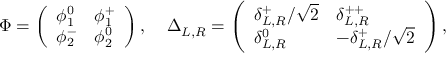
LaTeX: \Phi = \left( \begin{array} { l l } { { \phi _ { 1 } ^ { 0 } } } & { { \phi _ { 1 } ^ { + } } } \\ { { \phi _ { 2 } ^ { - } } } & { { \phi _ { 2 } ^ { 0 } } } \end{array} \right) , \; \; \; \; \Delta _ { L , R } = \left( \begin{array} { l l } { { \delta _ { L , R } ^ { + } / \sqrt { 2 } } } & { { \delta _ { L , R } ^ { + + } } } \\ { { \delta _ { L , R } ^ { 0 } } } & { { - \delta _ { L , R } ^ { + } / \sqrt { 2 } } } \end{array} \right) ,